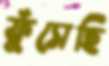
ফুঁসেছি